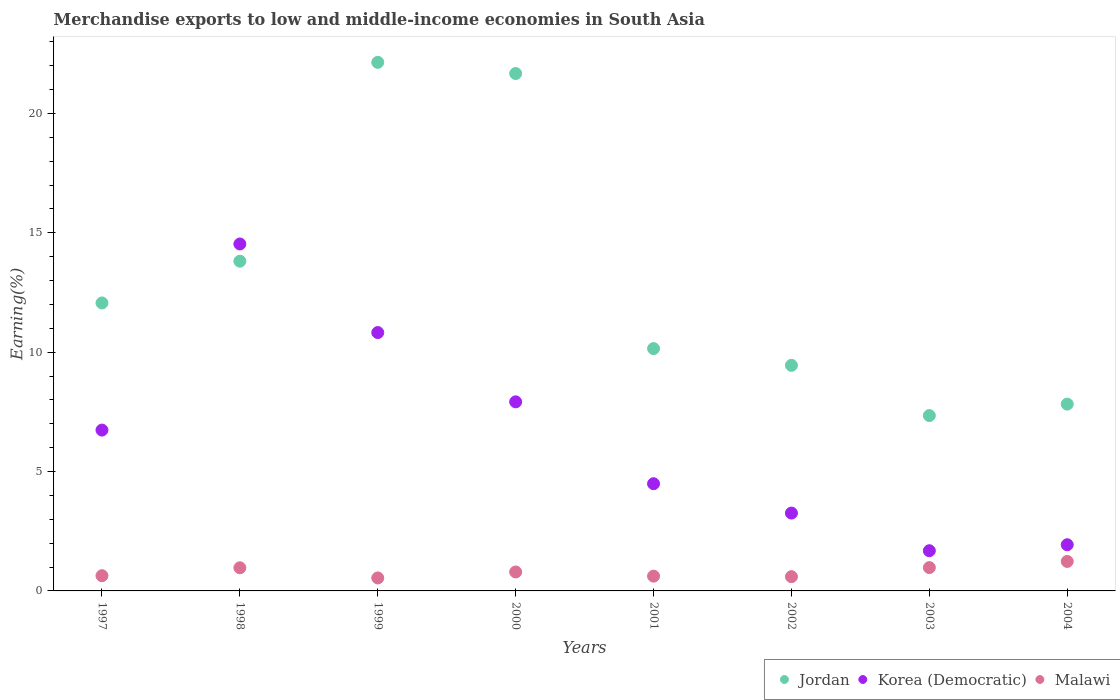
| Years | Jordan | Korea (Democratic) | Malawi |
 | --- | --- | --- | --- |
 | 1997 | 12.1 | 6.74 | 0.637 |
 | 1998 | 13.8 | 14.5 | 0.969 |
 | 1999 | 22.1 | 10.8 | 0.544 |
 | 2000 | 21.7 | 7.92 | 0.794 |
 | 2001 | 10.1 | 4.49 | 0.619 |
 | 2002 | 9.45 | 3.26 | 0.597 |
 | 2003 | 7.34 | 1.68 | 0.977 |
 | 2004 | 7.82 | 1.93 | 1.23 |